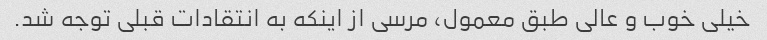
خیلی خوب و عالی طبق معمول، مرسی از اینکه به انتقادات قبلی توجه شد.